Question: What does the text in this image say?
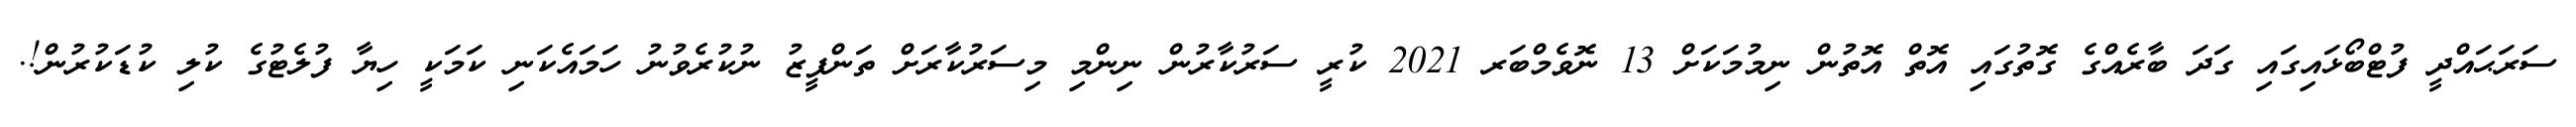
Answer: ސަރަޙައްދީ ފުޓްބޯޅައިގައި ގަދަ ބާރެއްގެ ގޮތުގައި އޮތް އޮތުން ނިމުމަކަށް 13 ނޮވެމްބަރ 2021 ކުރީ ސަރުކާރުން ނިންމި މިސަރުކާރަށް ތަންފީޒު ނުކުރެވުނު ހަމައެކަނި ކަމަކީ ހިޔާ ފުލެޓުގެ ކުލި ކުޑަކުރުން!.